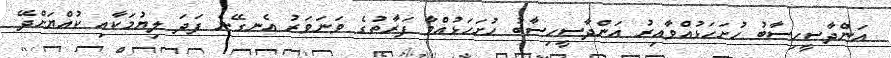
އަންދާސީހިސާބު ހުށަހަޅުއްވާއިރު އަންދާސީހިސާބު ހުށަހަޅުއްވާ ފަރާތުގެ ވަނަވަރު އެނގޭނެ ފަދަ ލިޔުމަކާއި ކުއްޔަށްދޭ